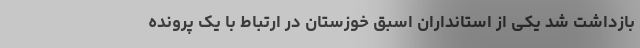
بازداشت شد یکی از استانداران اسبق خوزستان در ارتباط با یک پرونده